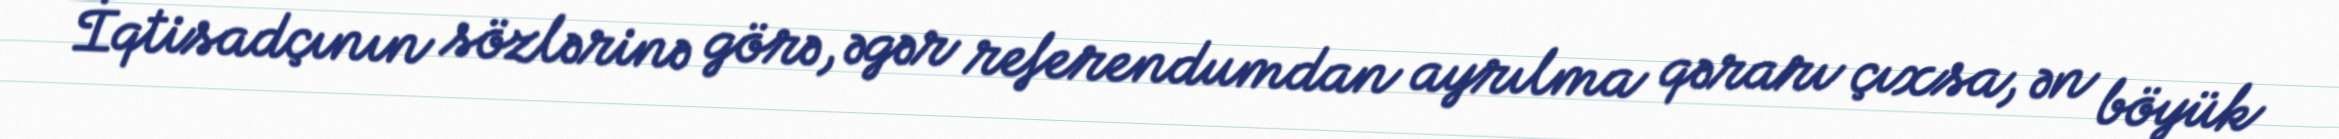
İqtisadçının sözlərinə görə, əgər referendumdan ayrılma qərarı çıxsa, ən böyük